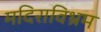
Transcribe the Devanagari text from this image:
मदिराविभ्रम